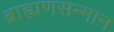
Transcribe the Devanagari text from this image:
ब्राह्मणसन्मान